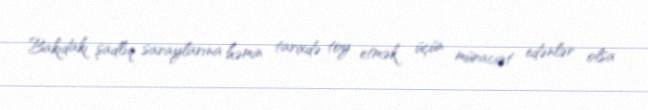
Bakıdakı şadlıq saraylarına həmin tarixdə toy etmək üçün müraciət edənlər olsa